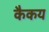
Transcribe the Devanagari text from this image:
कैकय